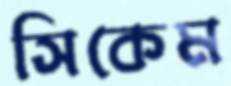
সিকেম